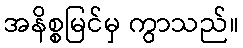
အနိစ္စမြင်မှ ကွာသည်။